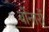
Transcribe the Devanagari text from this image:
बोंनार्रो